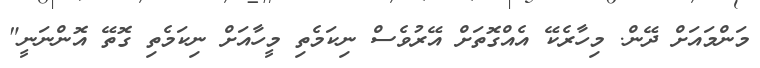
މަންމައަށް ދޭން. މިހާރެކޭ އެއްގޮތަށް އޭރުވެސް ނިކަމެތި މީހާއަށް ނިކަމެތި ގޮތޭ އޮންނަނީ"